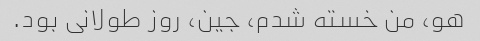
هو، من خسته شدم، جین، روز طولانی بود.